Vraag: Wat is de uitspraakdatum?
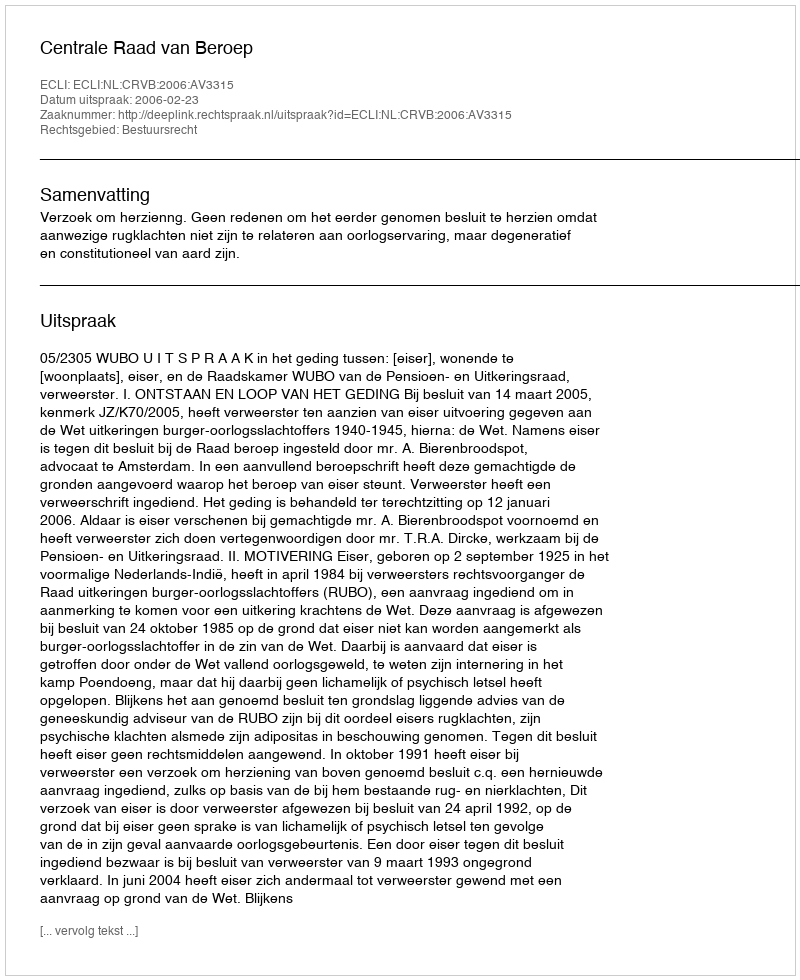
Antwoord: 2006-02-23